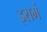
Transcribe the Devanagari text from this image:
इसमं